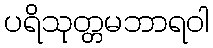
ပရိသုတ္တမဘာရဝါ